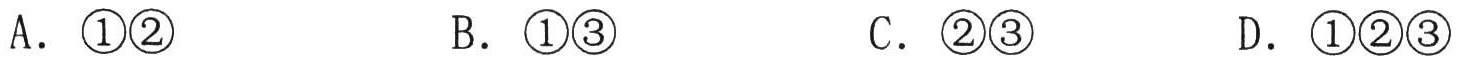
A.  \textcircled{1}\textcircled{2} \hspace{2cm} B.  \textcircled{1}\textcircled{3} \hspace{2cm} C.  \textcircled{2}\textcircled{3} \hspace{2cm} D.  \textcircled{1}\textcircled{2}\textcircled{3}